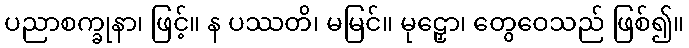
ပညာစက္ခုနာ၊ ဖြင့်။ န ပဿတိ၊ မမြင်။ မုဠှော၊ တွေဝေသည် ဖြစ်၍။